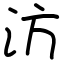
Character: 汸